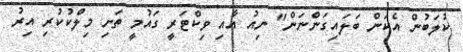
ކުލަބުން އެކަން ބަލައިގަންނަން" ނިއު އާއި ވިކްޓަރީ ގައުމީ ތަށި މިލްކުކުރި އިރު